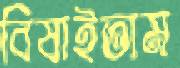
বিষাইতাম